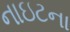
નાઇટના